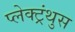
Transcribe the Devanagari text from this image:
प्लेक्ट्रंथुस